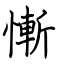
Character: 慚